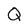
Character: Q